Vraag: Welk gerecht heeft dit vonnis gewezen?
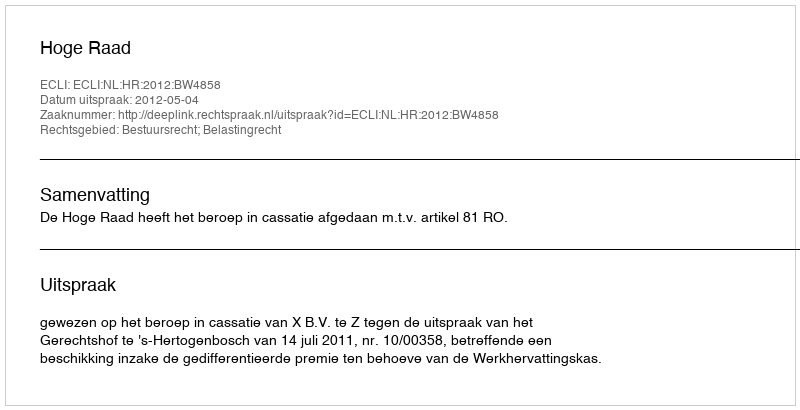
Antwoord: Hoge Raad